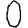
Digit: 0